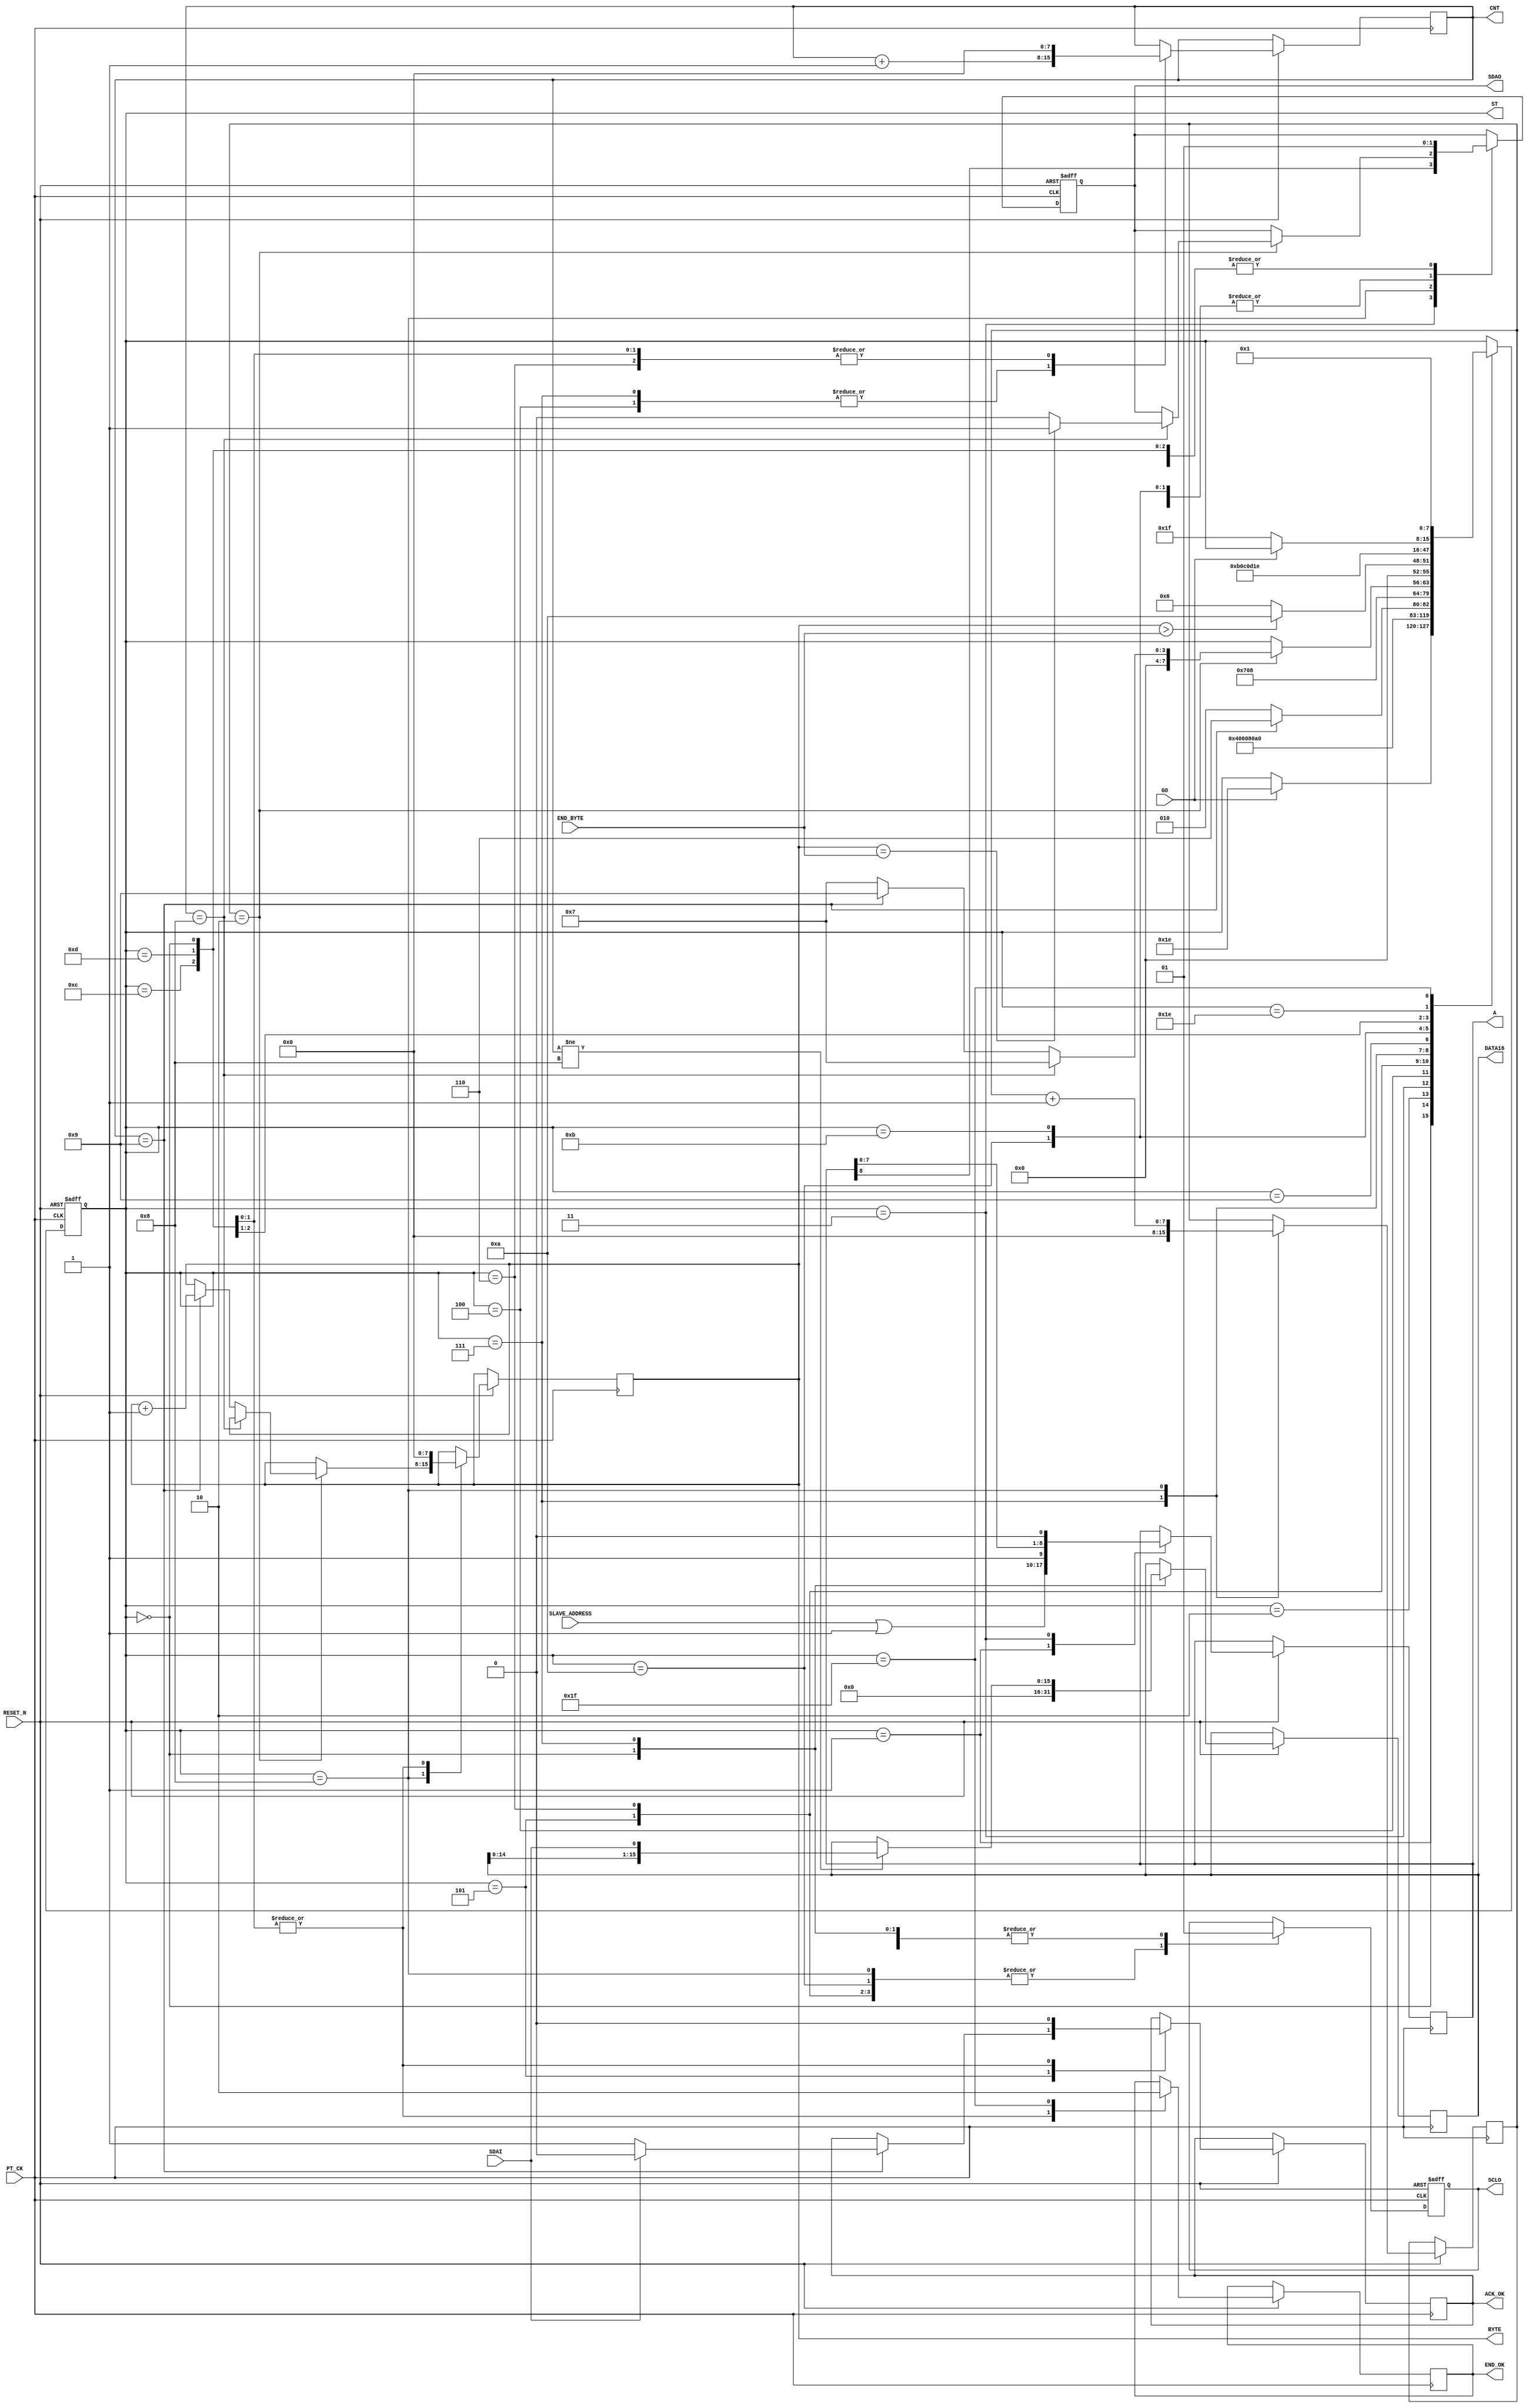
module I2C_READ_2BYTE (
   input  RESET_N ,
	input       PT_CK,
	input       [7:0]SLAVE_ADDRESS ,
	input       GO,
	input       SDAI,
	output reg  SDAO,
	output reg  SCLO,
	output reg  END_OK , 
	output reg  [15:0]DATA16 , 
	//for TEST
	output reg [7:0] ST ,
	output reg       ACK_OK,
	output reg  [7:0]CNT,
	output reg  [8:0]A ,
	output reg  [7:0]BYTE,
	input    [7:0]END_BYTE  
);


reg [7:0] DELY ;
always @( negedge RESET_N or posedge  PT_CK )
begin
if (!RESET_N  )  begin 
   ST     <=0;
	SDAO   <=1; 
	SCLO   <=1;
end 	
else 
	  case (ST)
	    0: begin  //start 		      
		      SDAO   <=1; 
	         SCLO   <=1;
	         ACK_OK <=0;
	         CNT    <=0;
	         END_OK <=1;
	         BYTE   <=0;
				DATA16 <=0;
	         if (GO) ST  <=30 ;
		    end		  
	  //---READ COMMAND---
	    1: begin  //start 
		      ST <=2 ; 
			   { SDAO,  SCLO } <= 2'b01; 
				A <= {SLAVE_ADDRESS | 1  ,1'b1 };  //READ COMMAND 
		    end
	    2: begin  //start 
		      ST <=3 ; 
			   { SDAO,  SCLO } <= 2'b00; 
		    end
			 
	    3: begin  //start 
		      ST <=4 ; 
			   { SDAO, A } <= { A ,1'b0 }; 
		    end
	    4: begin  //start 
		      ST <=5 ; 
			   SCLO <= 1'b1 ; 
				CNT <= CNT +1 ;
		    end
			 
	    5: begin  //start 
			   SCLO <= 1'b0 ; 
			   if (CNT ==9) begin
				    ST <= 6 ; 
					 if ( !SDAI ) ACK_OK <=1 ; 
					 else ACK_OK <=0 ; 
				 end
				 else ST <= 2;
		    end
       //--READ DATA
	    6: begin  //start 
		      ST <=7 ; 
			   {SDAO , SCLO} <= 2'b10; 
				CNT <=0 ;
		    end
	    7: begin  //start 
		      ST <=8 ;  DELY <=0;
			   SCLO <= 1'b1 ; 
				if (CNT!=8) DATA16[15:0]  <= { DATA16[14:0], SDAI };
				CNT <= CNT +1 ;
		    end
			 
	    8: begin  //start 
		    DELY <=DELY+1 ;
			 SCLO <= 1'b0 ; 
			 if (DELY ==2)  begin 
			    
			    if (CNT ==8) begin
				     ST <= 7;
					   if ( BYTE  == END_BYTE   )  SDAO <= 1'b1 ; 
					   else  SDAO <= 1'b0 ;
				 end
			    else if (CNT == 9)  
				      begin 
						   BYTE <= BYTE +1 ;   
							ST <= 9; 
						end
				 else ST <= 7;
			 end	 
		    end
	    9: begin          //stop
		     if  ( BYTE > END_BYTE ) ST <=10 ; 
			   else ST <=6 ; 			   
         end
	    10: begin          //stop
		      ST <=11 ; 
			   { SDAO,  SCLO } <= 2'b00; 
         end
	    11: begin          //stop
		      ST <=12 ; 
			   { SDAO,  SCLO } <= 2'b01; 
         end
	    12: begin          //stop
		      ST <=13 ; 
			   { SDAO,  SCLO } <= 2'b11; 
         end	
			                //stop
		 13:	 
			  begin
		      ST     <= 30; 
				END_OK <= 1;
		      SDAO   <=1; 
	         SCLO   <=1;
	         ACK_OK <=0;
	         CNT    <=0;
	         BYTE <=0;
		     end

		//--- END ---
		30: begin
            if (!GO) ST  <=31;
          end
 		31: begin 
		    ST  <=1; END_OK<=0;
          end		 			  	  
	  endcase 
  end
endmodule